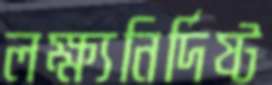
লক্ষ্যনির্দিষ্ট